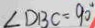
\angle D B C = 9 0 ^ { \circ }